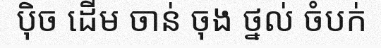
ប៉ិច ដើម ចាន់ ចុង ថ្នល់ ចំបក់